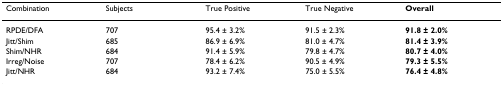
<table><thead><tr><td><b>Combination</b></td><td><b>Subjects</b></td><td><b>True Positive</b></td><td><b>True Negative</b></td><td><b>Overall</b></td></tr></thead><tbody><tr><td>RPDE/DFA</td><td>707</td><td>95.4 ± 3.2%</td><td>91.5 ± 2.3%</td><td><b>91.8 ± 2.0%</b></td></tr><tr><td>Jitt/Shim</td><td>685</td><td>86.9 ± 6.9%</td><td>81.0 ± 4.7%</td><td><b>81.4 ± 3.9%</b></td></tr><tr><td>Shim/NHR</td><td>684</td><td>91.4 ± 5.9%</td><td>79.8 ± 4.7%</td><td><b>80.7 ± 4.0%</b></td></tr><tr><td>Irreg/Noise</td><td>707</td><td>78.4 ± 6.2%</td><td>90.5 ± 4.9%</td><td><b>79.3 ± 5.5%</b></td></tr><tr><td>Jitt/NHR</td><td>684</td><td>93.2 ± 7.4%</td><td>75.0 ± 5.5%</td><td><b>76.4 ± 4.8%</b></td></tr></tbody></table>